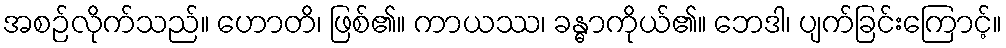
အစဉ်လိုက်သည်။ ဟောတိ၊ ဖြစ်၏။ ကာယဿ၊ ခန္ဓာကိုယ်၏။ ဘေဒါ၊ ပျက်ခြင်းကြောင့်။